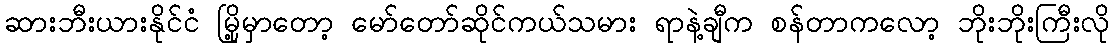
ဆားဘီးယားနိုင်ငံ မြို့မှာတော့ မော်တော်ဆိုင်ကယ်သမား ရာနဲ့ချီက စန်တာကလော့ ဘိုးဘိုးကြီးလို